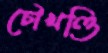
চৌখণ্ডি